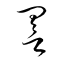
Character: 詈